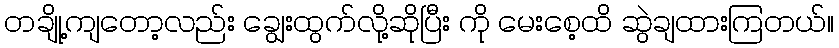
တချို့ကျတော့လည်း ချွေးထွက်လို့ဆိုပြီး ကို မေးစေ့ထိ ဆွဲချထားကြတယ်။